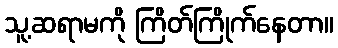
သူ့ဆရာမကို ကြိတ်ကြိုက်နေတာ။